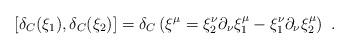
LaTeX: \begin{align*}\left[\delta_C(\xi_1),\delta_C(\xi_2)\right]=\delta_C\left(\xi^\mu=\xi_2^\nu\partial_\nu\xi_1^\mu-\xi_1^\nu\partial_\nu\xi_2^\mu\right)\ .\end{align*}